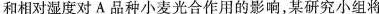
和相对湿度对A品种小麦光合作用的影响，某研究小组将